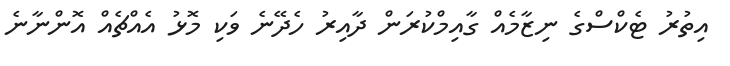
އިތުރު ޓެކްސްގެ ނިޒާމެއް ގާއިމްކުރަން ދާއިރު ހެދޭނެ ވަކި މޮޅު އެއްޗެއް އޮންނާނެ